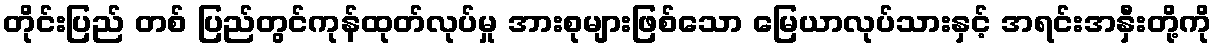
တိုင်းပြည် တစ် ပြည်တွင်ကုန်ထုတ်လုပ်မှု အားစုများဖြစ်သော မြေယာလုပ်သားနှင့် အရင်းအနှီးတို့ကို